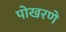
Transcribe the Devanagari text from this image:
पोखरणे